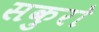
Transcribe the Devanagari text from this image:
सकुरो